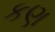
કણ